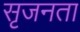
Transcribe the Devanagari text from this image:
सृजनता